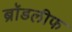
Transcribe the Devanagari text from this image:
ब्रॉडलीफ